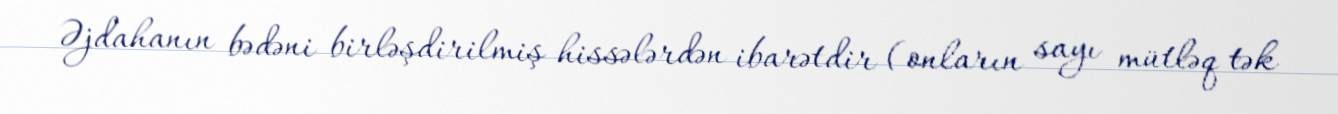
Əjdahanın bədəni birləşdirilmiş hissələrdən ibarətdir (onların sayı mütləq tək